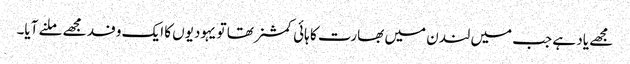
مجھے یاد ہے جب میں لندن میں بھارت کا ہائی کمشنر تھا تو یہودیوں کا ایک وفد مجھے ملنے آیا۔